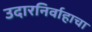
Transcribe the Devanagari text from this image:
उदारनिर्वाहाचा